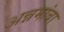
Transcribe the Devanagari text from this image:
अन्नमांबा